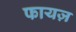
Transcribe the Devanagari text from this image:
फायज़